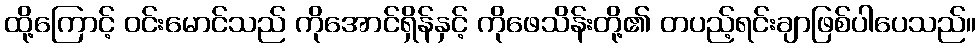
ထို့ကြောင့် ဝင်းမောင်သည် ကိုအောင်ရှိန်နှင့် ကိုဖေသိန်းတို့၏ တပည့်ရင်းချာဖြစ်ပါပေသည်။